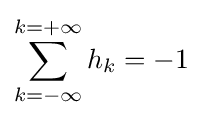
\sum _{k=-\infty }^{k=+\infty }{h_{k}=-1}